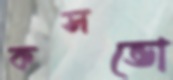
কসভো